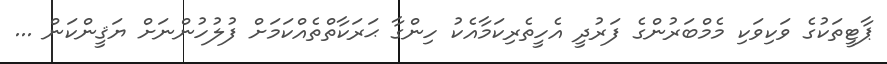
ޕާޓީތަކުގެ ވަކިވަކި މެމްބަރުންގެ ފަރުދީ އެހީތެރިކަމާއެކު ހިންގާ ޙަރަކާތްތެއްކަމަށް ފުލުހުންނަށް ޔަޤީންކަން ...